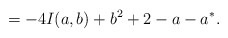
\begin{align*}=-4I(a,b)+b^2+2-a-a^*.\end{align*}